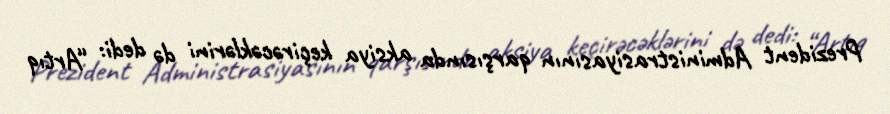
Prezident Administrasiyasının qarşısında aksiya keçirəcəklərini də dedi: “Artıq